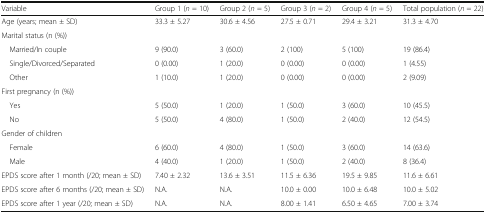
<table><thead><tr><td><b>Variable</b></td><td><b>Group 1 (<i>n</i> = 10)</b></td><td><b>Group 2 (<i>n</i> = 5)</b></td><td><b>Group 3 (<i>n</i> = 2)</b></td><td><b>Group 4 (<i>n</i> = 5)</b></td><td><b>Total population (<i>n</i> = 22)</b></td></tr></thead><tbody><tr><td>Age (years; mean ± SD)</td><td>33.3 ± 5.27</td><td>30.6 ± 4.56</td><td>27.5 ± 0.71</td><td>29.4 ± 3.21</td><td>31.3 ± 4.70</td></tr><tr><td colspan="6">Marital status (n (%))</td></tr><tr><td> Married/In couple</td><td>9 (90.0)</td><td>3 (60.0)</td><td>2 (100)</td><td>5 (100)</td><td>19 (86.4)</td></tr><tr><td> Single/Divorced/Separated</td><td>0 (0.00)</td><td>1 (20.0)</td><td>0 (0.00)</td><td>0 (0.00)</td><td>1 (4.55)</td></tr><tr><td> Other</td><td>1 (10.0)</td><td>1 (20.0)</td><td>0 (0.00)</td><td>0 (0.00)</td><td>2 (9.09)</td></tr><tr><td colspan="6">First pregnancy (n (%))</td></tr><tr><td> Yes</td><td>5 (50.0)</td><td>1 (20.0)</td><td>1 (50.0)</td><td>3 (60.0)</td><td>10 (45.5)</td></tr><tr><td> No</td><td>5 (50.0)</td><td>4 (80.0)</td><td>1 (50.0)</td><td>2 (40.0)</td><td>12 (54.5)</td></tr><tr><td colspan="6">Gender of children</td></tr><tr><td> Female</td><td>6 (60.0)</td><td>4 (80.0)</td><td>1 (50.0)</td><td>3 (60.0)</td><td>14 (63.6)</td></tr><tr><td> Male</td><td>4 (40.0)</td><td>1 (20.0)</td><td>1 (50.0)</td><td>2 (40.0)</td><td>8 (36.4)</td></tr><tr><td>EPDS score after 1 month (/20; mean ± SD)</td><td>7.40 ± 2.32</td><td>13.6 ± 3.51</td><td>11.5 ± 6.36</td><td>19.5 ± 9.85</td><td>11.6 ± 6.61</td></tr><tr><td>EPDS score after 6 months (/20; mean ± SD)</td><td>N.A.</td><td>N.A.</td><td>10.0 ± 0.00</td><td>10.0 ± 6.48</td><td>10.0 ± 5.02</td></tr><tr><td>EPDS score after 1 year (/20; mean ± SD)</td><td>N.A.</td><td>N.A.</td><td>8.00 ± 1.41</td><td>6.50 ± 4.65</td><td>7.00 ± 3.74</td></tr></tbody></table>